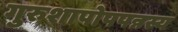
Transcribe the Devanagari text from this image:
गुरुशापोपपन्नस्य